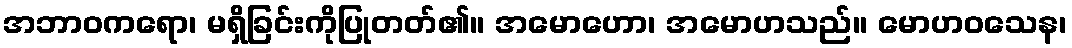
အဘာဝကရော၊ မရှိခြင်းကိုပြုတတ်၏။ အမောဟော၊ အမောဟသည်။ မောဟဝသေန၊